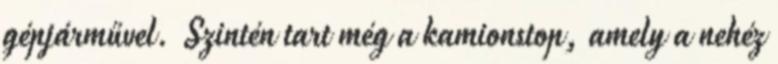
gépjárművel. Szintén tart még a kamionstop, amely a nehéz